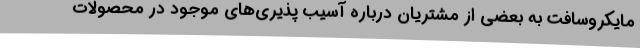
مایکروسافت به بعضی از مشتریان درباره آسیب پذیری‌های موجود در محصولات